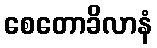
စေတောခိလာနံ